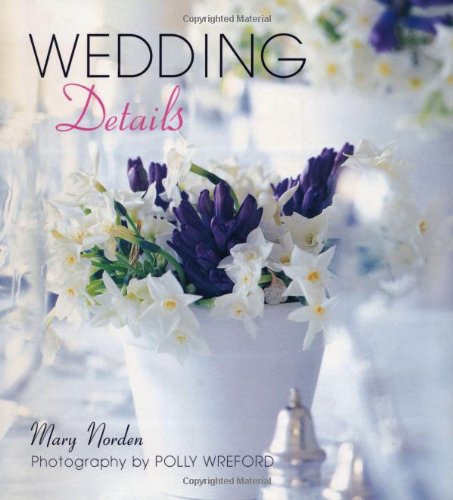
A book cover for Wedding Details; Mary Norden; Crafts, Hobbies & Home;